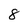
Character: 8